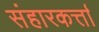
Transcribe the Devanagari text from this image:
संहारकर्त्ता